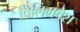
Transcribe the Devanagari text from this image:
विलिंगवेश